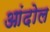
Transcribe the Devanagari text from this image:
आंदोल